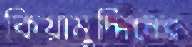
কিয়ামুদ্দিনের